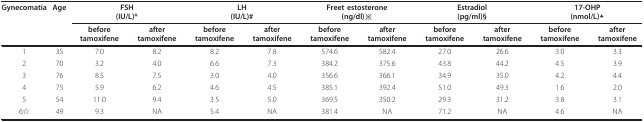
| Gynecomatia | Age | <COLSPAN=2> FSH(IU/L)* | <COLSPAN=2> LH(IU/L)# | <COLSPAN=2> Freet estosterone(ng/dl)※ | <COLSPAN=2> Estradiol(pg/ml)§ | <COLSPAN=2> 17-OHP(nmol/L)▲ |
 |  |  | before tamoxifene | after tamoxifene | before tamoxifene | after tamoxifene | before tamoxifene | after tamoxifene | before tamoxifene | after tamoxifene | before tamoxifene | after tamoxifene |
 | --- | --- | --- | --- | --- | --- | --- | --- | --- | --- | --- | --- |
 | 1 | 35 | 7.0 | 8.2 | 8.2 | 7.8 | 574.6 | 582.4 | 27.0 | 26.6 | 3.0 | 3.3 |
 | 2 | 70 | 3.2 | 4.0 | 6.6 | 7.3 | 384.2 | 375.6 | 43.8 | 44.2 | 4.5 | 3.9 |
 | 3 | 76 | 8.5 | 7.5 | 3.0 | 4.0 | 356.6 | 366.1 | 34.9 | 35.0 | 4.2 | 4.4 |
 | 4 | 75 | 5.9 | 6.2 | 4.6 | 4.5 | 385.1 | 392.4 | 51.0 | 49.3 | 1.6 | 2.0 |
 | 5 | 54 | 11.0 | 9.4 | 3.5 | 5.0 | 369.5 | 350.2 | 29.3 | 31.2 | 3.8 | 3.1 |
 | 6☆ | 49 | 9.3 | NA | 5.4 | NA | 381.4 | NA | 71.2 | NA | 4.6 | NA |